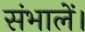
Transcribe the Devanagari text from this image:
संभालें।